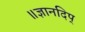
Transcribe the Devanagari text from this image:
॥ज्ञानदिप्